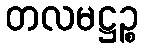
တလမဋ္ဌဉ္စ